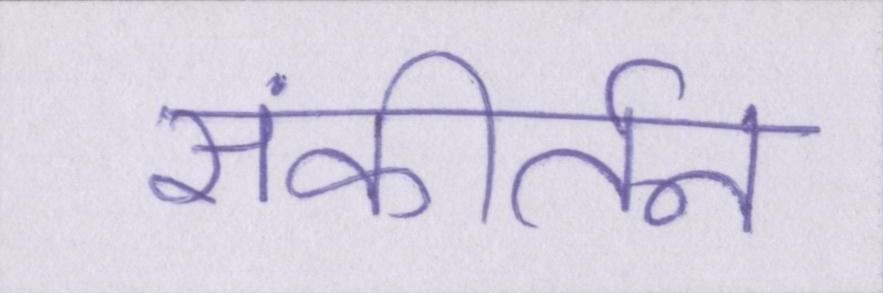
संकीर्तन